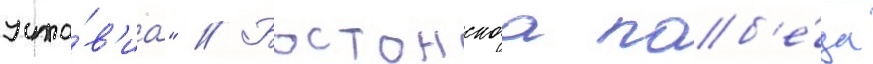
усло́в'иа" // Бостонскаа поб'е́да